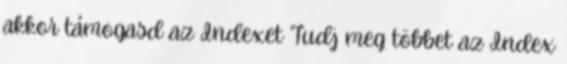
akkor támogasd az Indexet Tudj meg többet az Index